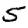
Digit: 5